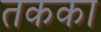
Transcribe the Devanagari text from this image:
तकका